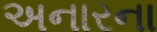
અનારના